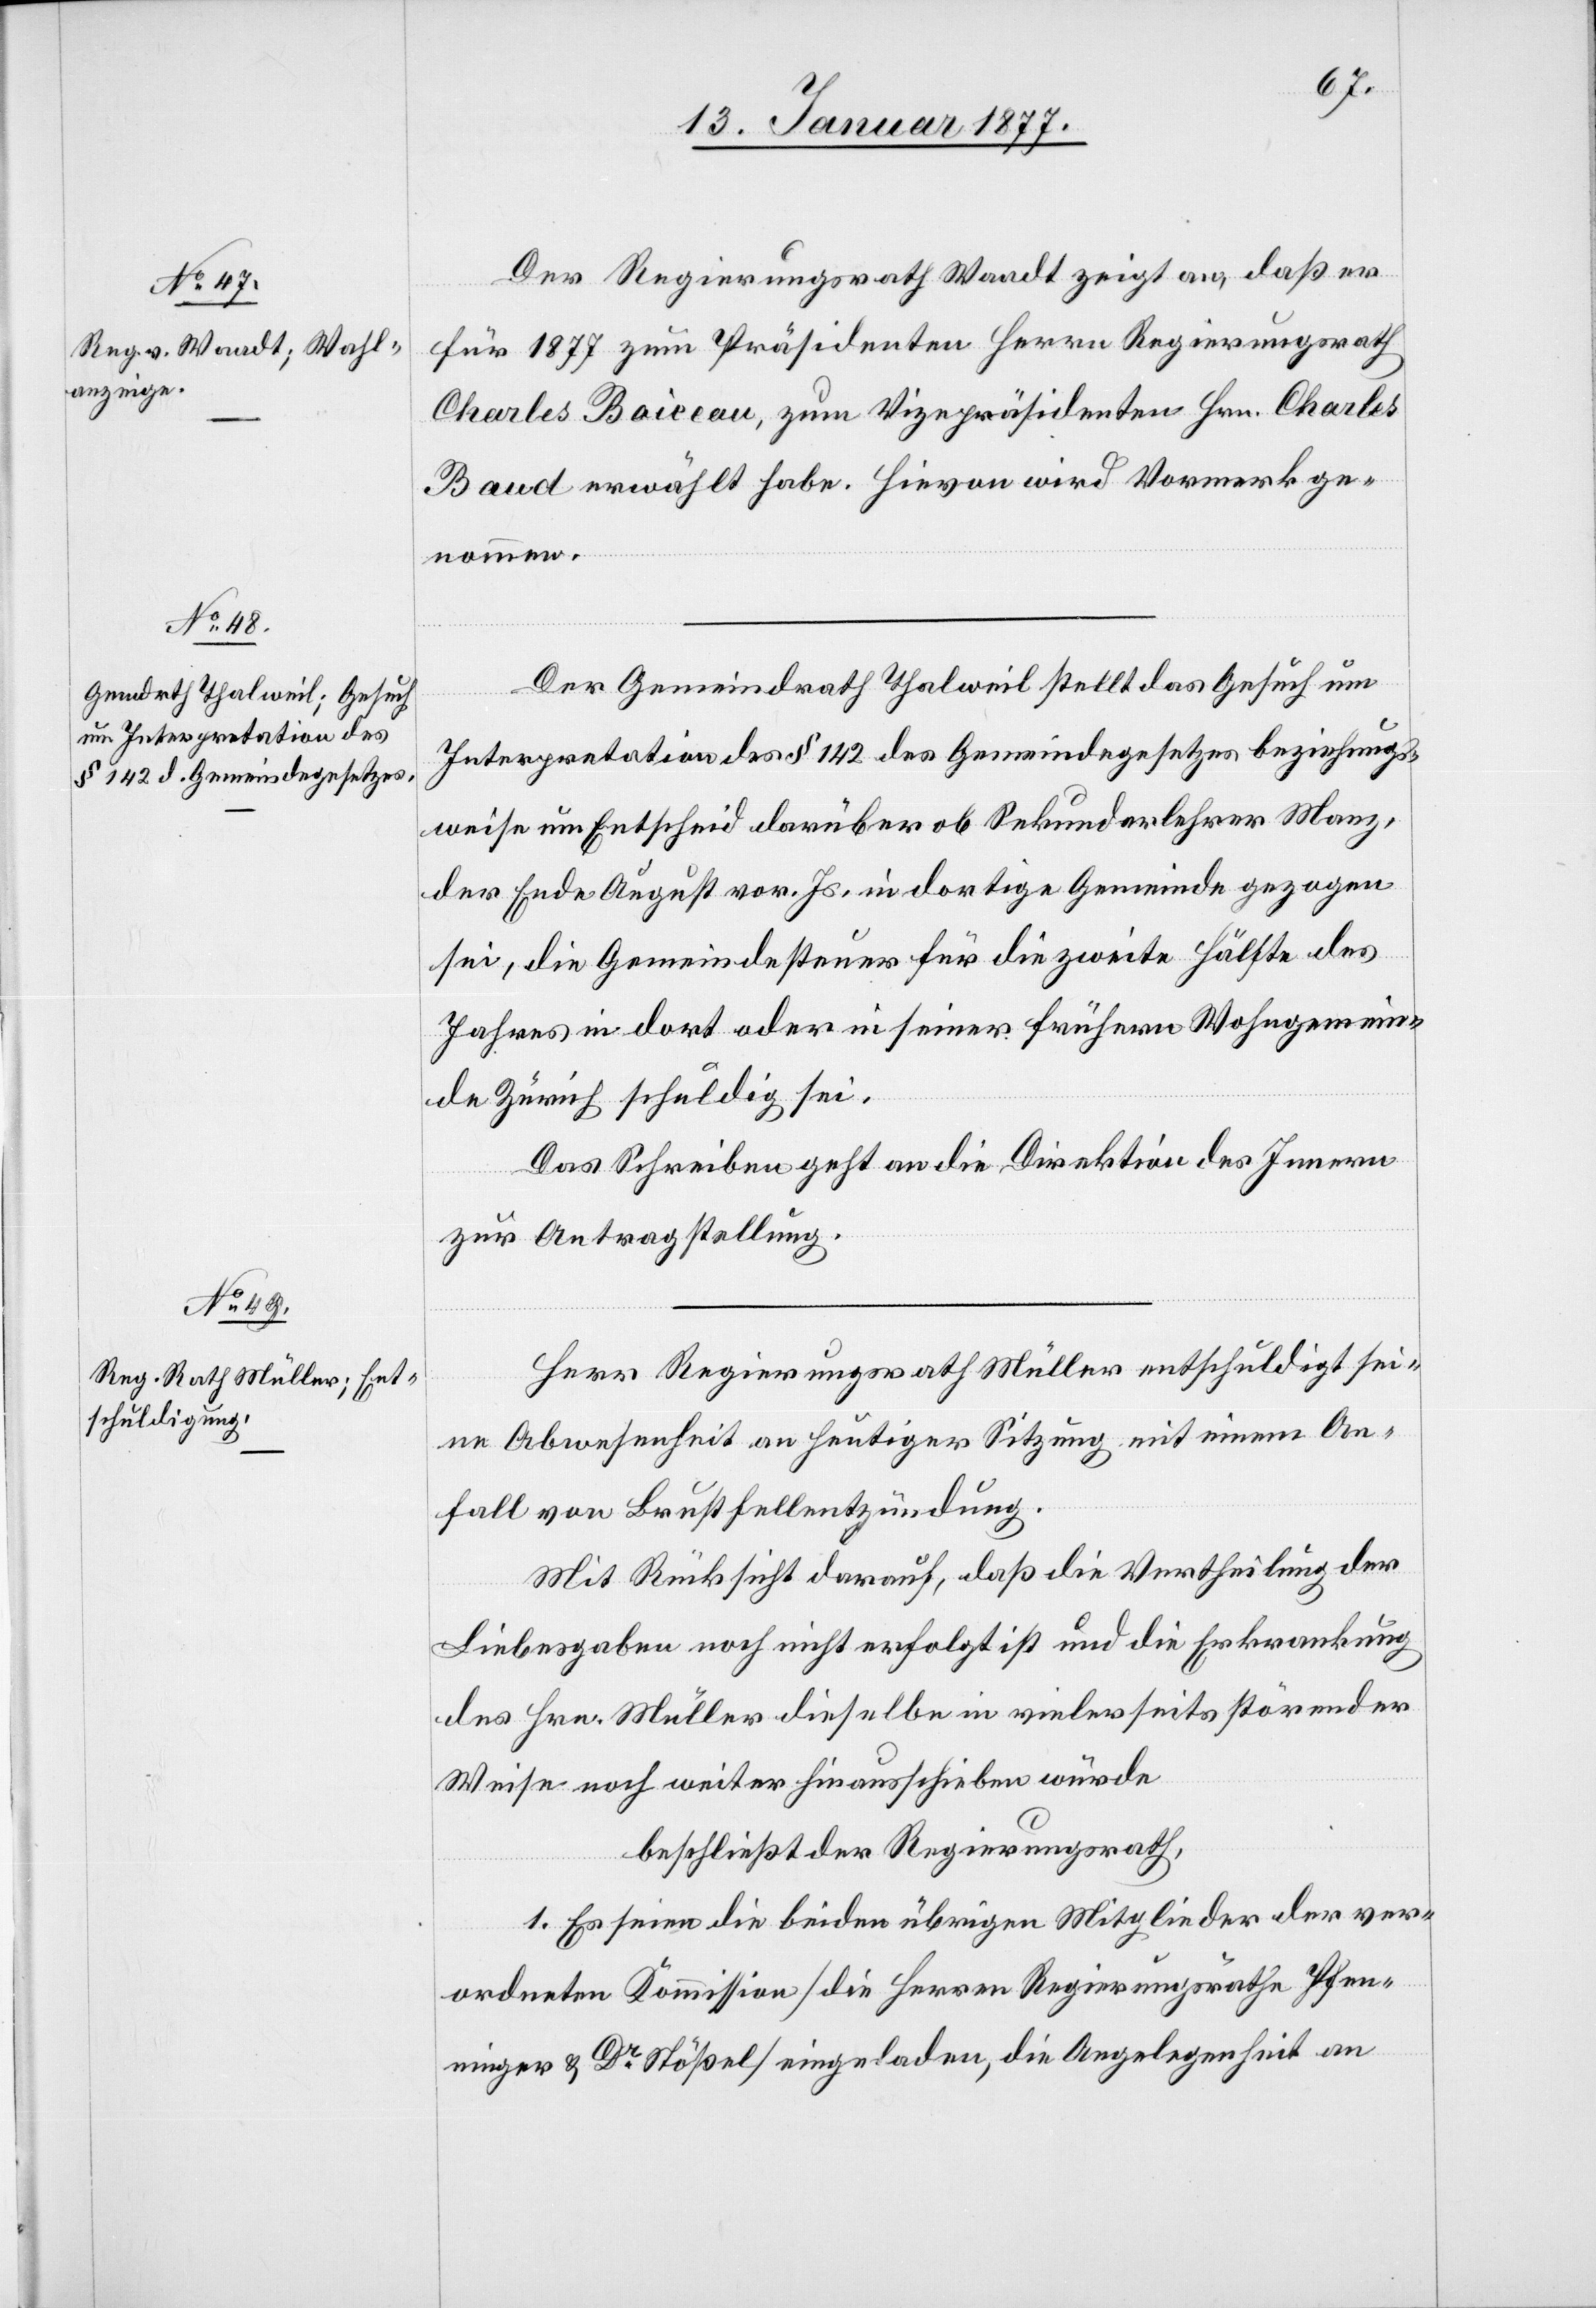
Der Regierungsrath Waadt zeigt an, daß er
für 1877 zum Präsidenten Herrn Regierungsrath
Charles Baiceau, zum Vicepräsidenten Hrn. Charles
Baud erwählt habe. Hievon wird Vormerk ge¬
nommen.
Der Gemeindrath Thalweil stellt das Gesuch um
Interpretation des § 142 des Gemeindegesetzes beziehungs¬
weise um Entscheid darüber ob Sekundarlehrer Manz,
der Ende August vor. Js, in dortige Gemeinde gezogen
sei, die Gemeindesteuern für die zweite Hälfte des
Jahres in dort oder in seiner frühern Wohngemein¬
de Zürich schuldig sei.
Das Schreiben geht an die Direktion des Innern
zur Antragstellung.
Herr Regierungsrath Müller entschuldigt sei¬
ne Abwesenheit an heutiger Sitzung mit einem An¬
fall von Brustfellentzündung.
Mit Rücksicht darauf, daß die Vertheilung der
Liebesgaben noch nicht erfolgt ist und die Erkrankung
des Hrn. Müller dieselbe in vielerseits störender
Weise noch weiter hinausschieben würde
beschließt der Regierungsrath,
1. Es seien die beiden übrigen Mitglieder der ver¬
ordneten Kommission [die Herren Regierungsräthe Pfen¬
ninger & Dr Stößel] eingeladen, die Angelegenheit an